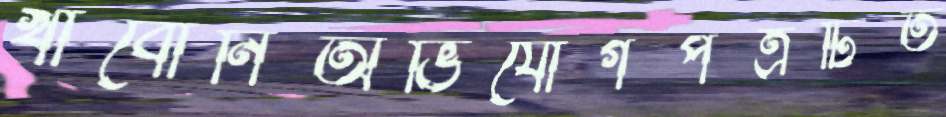
খাবোনিঅভিযোগপত্রটিত